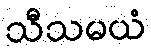
သီသမယံ